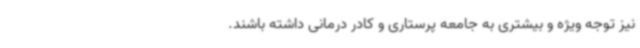
نیز توجه ویژه و بیشتری به جامعه پرستاری و کادر درمانی داشته باشند.